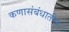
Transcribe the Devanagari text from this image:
कणासंबंधातील